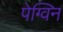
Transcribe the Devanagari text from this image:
पेग्विन